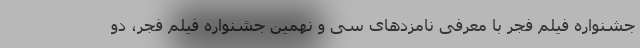
جشنواره فیلم فجر با معرفی نامزدهای سی و نهمین جشنواره فیلم فجر، دو